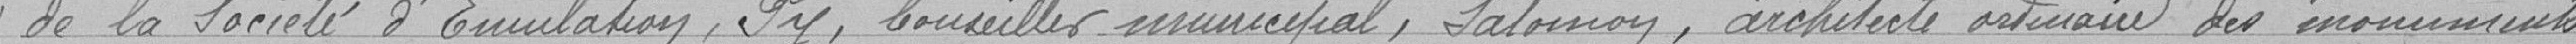
de la Société d'Emulation, PY, Conseiller municipal, Salomon, architecte ordinaire des monuments